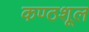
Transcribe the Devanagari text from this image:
कण्ठशूल